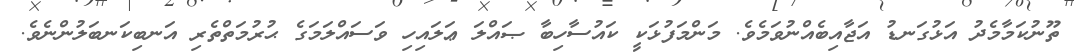
ތޫނުކަމާމެދު އަޅުގަނޑު އަޖާއިބެއްނުވަމެވެ. މަންމަފުޅަކީ ކައުސާހިބާ ޞައްލަ ޢަލައިހި ވަސައްލަމަގެ ޙުރުމަތްތެރި އަނބިކަނބަލުންނެވެ.